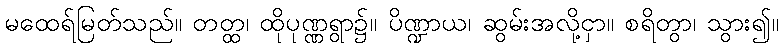
မထေရ်မြတ်သည်။ တတ္ထ၊ ထိုပုဏ္ဏရွာ၌။ ပိဏ္ဍာယ၊ ဆွမ်းအလို့ငှာ။ စရိတွာ၊ သွား၍။